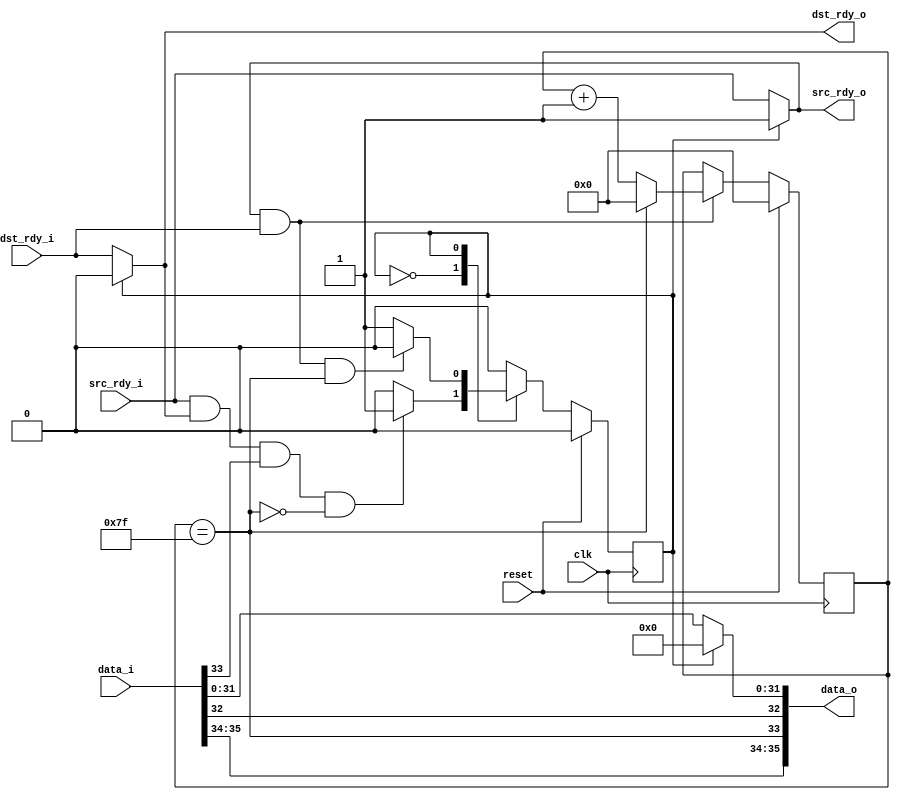
//
// Copyright 2011-2012 Ettus Research LLC
//
// This program is free software: you can redistribute it and/or modify
// it under the terms of the GNU General Public License as published by
// the Free Software Foundation, either version 3 of the License, or
// (at your option) any later version.
//
// This program is distributed in the hope that it will be useful,
// but WITHOUT ANY WARRANTY; without even the implied warranty of
// MERCHANTABILITY or FITNESS FOR A PARTICULAR PURPOSE.  See the
// GNU General Public License for more details.
//
// You should have received a copy of the GNU General Public License
// along with this program.  If not, see <http://www.gnu.org/licenses/>.
//

// PAD to NUM LINES

module resp_packet_padder36
#(
    parameter NUM_LINES32 = 128
)
(
    input clk, input reset,

    //input interface
    input [35:0] data_i,
    input src_rdy_i,
    output dst_rdy_o,

    //output interface
    output [35:0] data_o,
    output src_rdy_o,
    input dst_rdy_i
);

    localparam STATE_FWD = 0;
    localparam STATE_PAD = 1;
    reg state;

    reg [15:0] counter;

    always @(posedge clk) begin
        if (reset) begin
            counter <= 0;
        end
        else if (src_rdy_o && dst_rdy_i) begin
            if (data_o[33]) counter <= 0;
            else counter <= counter + 1;
        end
    end

    always @(posedge clk) begin
        if (reset) begin
            state <= STATE_FWD;
        end
        else case(state)

        STATE_FWD: begin
            if (src_rdy_i && dst_rdy_o && data_i[33] && ~data_o[33]) begin
                state <= STATE_PAD;
            end
        end

        STATE_PAD: begin
            if (src_rdy_o && dst_rdy_i && data_o[33]) begin
                state <= STATE_FWD;
            end
        end

        endcase //state
    end

    //assign data out
    assign data_o[31:0] = (state == STATE_FWD)? data_i[31:0] : {32'b0};
    wire eof = (counter == (NUM_LINES32-1));
    assign data_o[35:32] = {data_i[35:34], eof, data_i[32]};

    //assign ready
    assign src_rdy_o = (state == STATE_FWD)? src_rdy_i : 1'b1;
    assign dst_rdy_o = (state == STATE_FWD)? dst_rdy_i : 1'b0;

endmodule // resp_packet_padder36